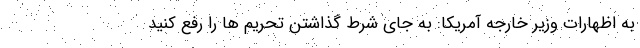
به اظهارات وزیر خارجه آمریکا: به جای شرط گذاشتن تحریم ها را رفع کنید